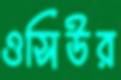
ওসিউর